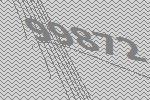
99872